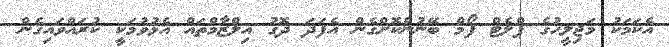
އެކަމަކު މަޖިލީހުގެ ޕްލެޓް ފޯމް ބޭނުންކޮށްގެން އެފަދަ ދޮގު އިލްޒާމްތައް އެޅުވުމަކީ ކުރައްވައިގެން